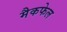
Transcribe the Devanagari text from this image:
मैकफेल